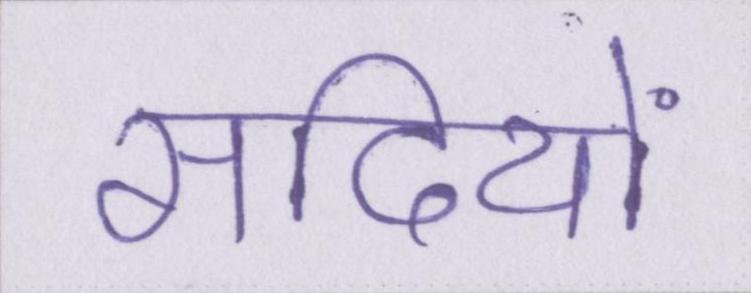
सदियों